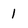
Character: 1